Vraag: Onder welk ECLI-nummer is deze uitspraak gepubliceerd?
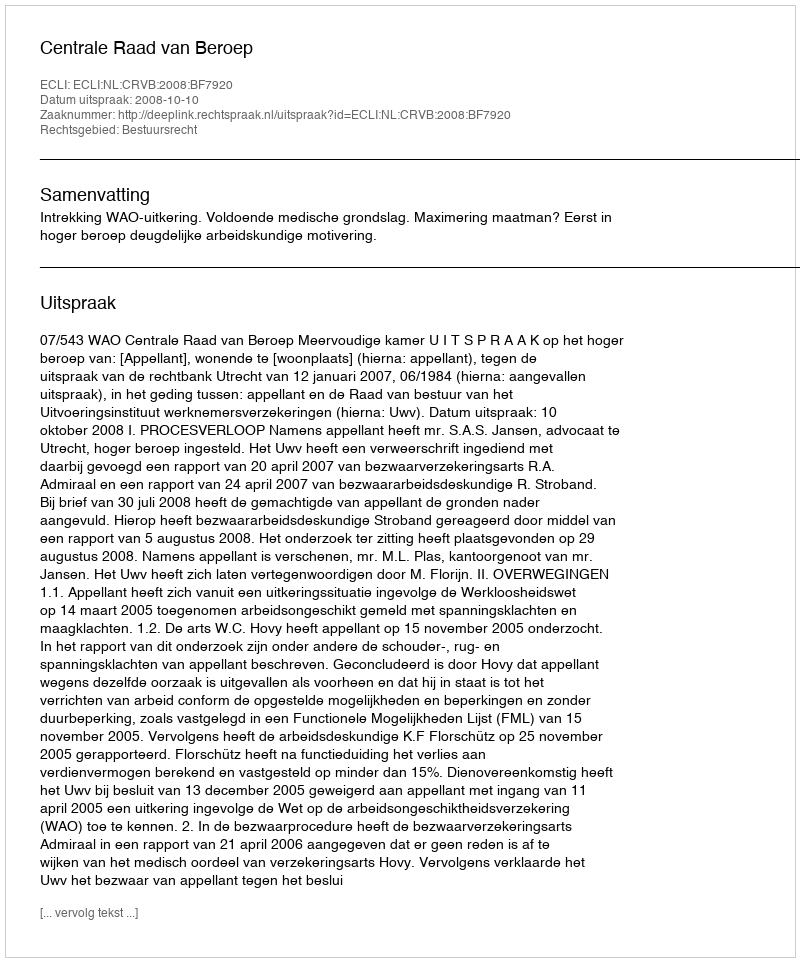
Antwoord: ECLI:NL:CRVB:2008:BF7920